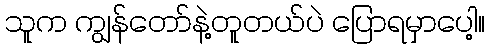
သူက ကျွန်တော်နဲ့တူတယ်ပဲ ပြောရမှာပေါ့။